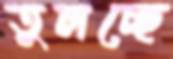
তুলচ্ছে